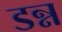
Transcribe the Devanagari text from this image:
डन्न